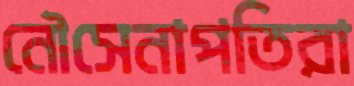
নৌসেনাপতিরা